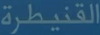
القنيطرة